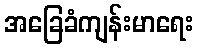
အခြေခံကျန်းမာရေး